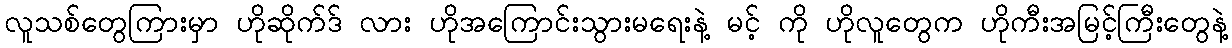
လူသစ်တွေကြားမှာ ဟိုဆိုက်ဒ် လား ဟိုအကြောင်းသွားမရေးနဲ့ မင့် ကို ဟိုလူတွေက ဟိုကီးအမြင့်ကြီးတွေနဲ့